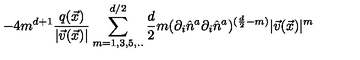
- 4 m ^ { d + 1 } \frac { q ( \vec { x } ) } { | \vec { v } ( \vec { x } ) | } \sum _ { m = 1 , 3 , 5 , . . } ^ { d / 2 } { \binom { \frac { d } { 2 } } { m } } ( \partial _ { i } \hat { n } ^ { a } \partial _ { i } \hat { n } ^ { a } ) ^ { ( \frac { d } { 2 } - m ) } | \vec { v } ( \vec { x } ) | ^ { m }